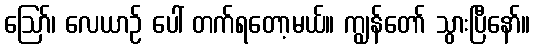
ဪ၊ လေယာဉ် ပေါ် တက်ရတော့မယ်။ ကျွန်တော် သွားပြီနော်။